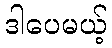
ဒါပေမယ့်